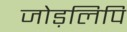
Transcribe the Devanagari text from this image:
जोड़लिपि